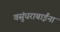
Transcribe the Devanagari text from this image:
वसुंधराबाईंना